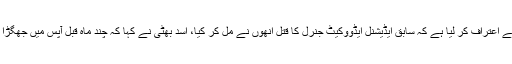
مفخر عدیل اور شہباز تتلہ کے مشترکہ دوست اسد بھٹی نے بیان دیتے ہوئے اعتراف کر لیا ہے کہ سابق ایڈیشنل ایڈووکیٹ جنرل کا قتل انھوں نے مل کر کیا، اسد بھٹی نے کہا کہ چند ماہ قبل آپس میں جھگڑا ہوا تھا، جس کے بعد مفخرعدیل اور میں نے مل کر شہباز تتلہ کو قتل کیا۔